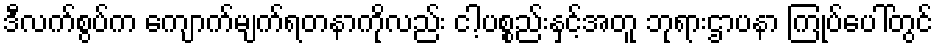
ဒီလက်စွပ်က ကျောက်မျက်ရတနာကိုလည်း ငါ့ပစ္စည်းနှင့်အတူ ဘုရားဌာပနာ ကြုပ်ပေါ်တွင်